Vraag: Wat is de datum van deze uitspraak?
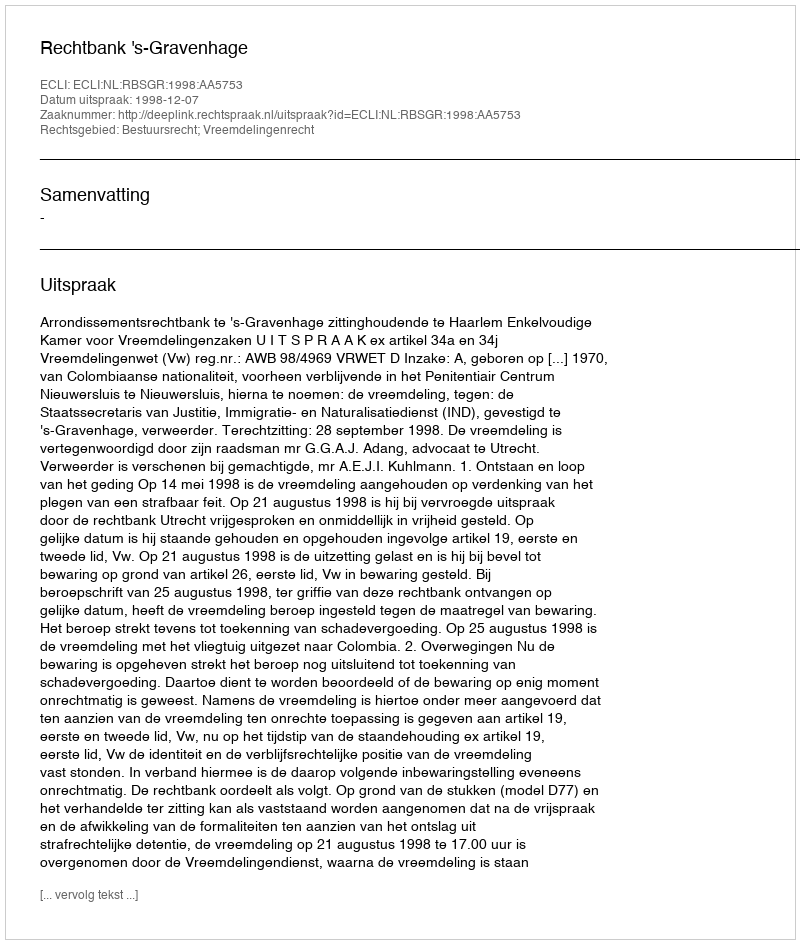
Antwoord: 1998-12-07